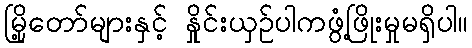
မြို့တော်များနှင့် နှိုင်းယှဉ်ပါကဖွံ့ဖြိုးမှုမရှိပါ။